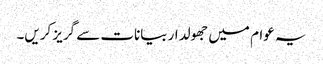
یہ عوام میں جھولدار بیانات سے گریز کریں۔